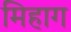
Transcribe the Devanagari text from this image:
मिहाग